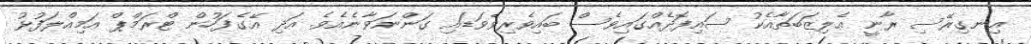
އިނގިރޭސި ރާނީ އެލިޒަބަތާއެކު ސައިފޮދެއްގައިވެސް ބައިވެރިވެވަޑައި ގަންނަވާނެއެވެ. އަދި އޭގެފަހުން ޓްރަމްޕް އަމިއްލަފުޅު